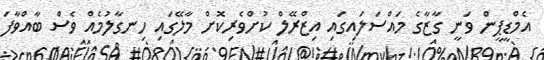
އެމްޑީޕީން ވަނީ ގާޒާގެ މައްސަލައިގައި އިޒްރޭލް ކުށްވެރިކޮށް މާލޭގައި ހިނގާލުމެއް ވެސް ބާއްވާފަ